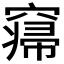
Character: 𱷕